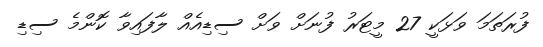
ފުރަތަމަ ވަޅަކީ 27 މީޓަރު ފުނަށް ވަށް ސިޑިއެއް ލާފައިވާ ކޮންމެ ސިޑި